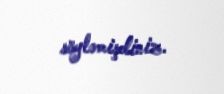
söyləmişdiniz.